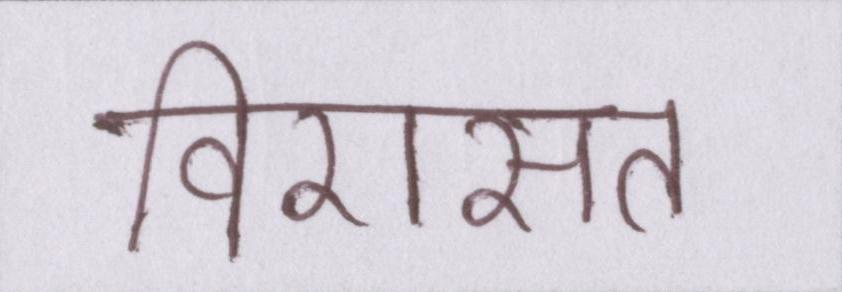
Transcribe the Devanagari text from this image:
विरासत